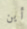
أين